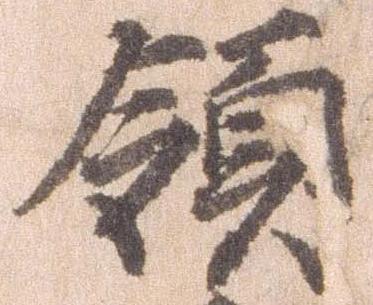
領